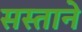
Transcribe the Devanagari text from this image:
सस्ताने